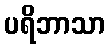
ပရိဘာသာ